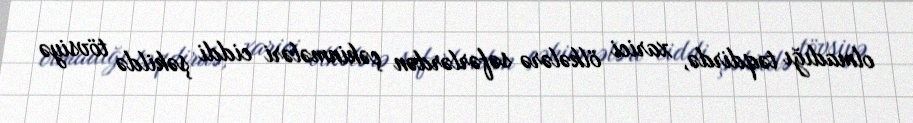
olmadığı təqdirdə, xarici ölkələrə səfərlərdən çəkinmələri ciddi şəkildə tövsiyə